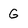
Character: G